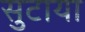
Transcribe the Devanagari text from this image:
सुटाया